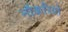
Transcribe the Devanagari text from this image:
नौकरियो